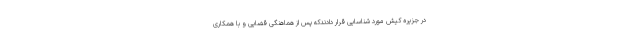
در جزیره کیش مورد شناسایی قرار دادندکه پس از هماهنگی قضایی و با همکاری